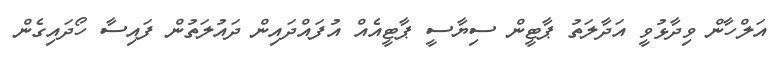
އަލްހާން ވިދާޅުވީ އަދާލަތު ޕާޓީން ސިޔާސީ ޕާޓީއެއް އުފައްދައިން ދައުލަތުން ފައިސާ ހޯދައިގެން